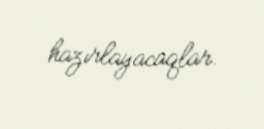
hazırlayacaqlar.